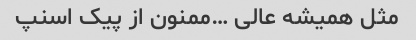
مثل همیشه عالی …ممنون از پیک اسنپ